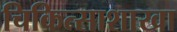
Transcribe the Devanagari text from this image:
चिकित्साशाखा